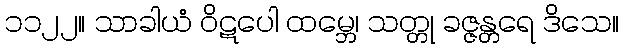
၁၁၂၂။ သာခါယံ ဝိဋပေါ ထမ္ဘေ၊ သတ္တု ခဇ္ဇန္တရေ ဒိသေ။